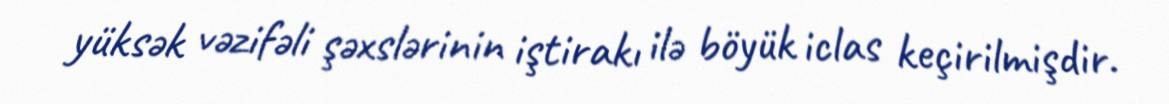
yüksək vəzifəli şəxslərinin iştirakı ilə böyük iclas keçirilmişdir.